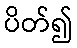
ပိတ်၍